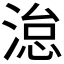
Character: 𪶩